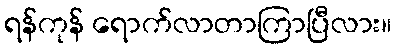
ရန်ကုန် ရောက်လာတာကြာပြီလား။